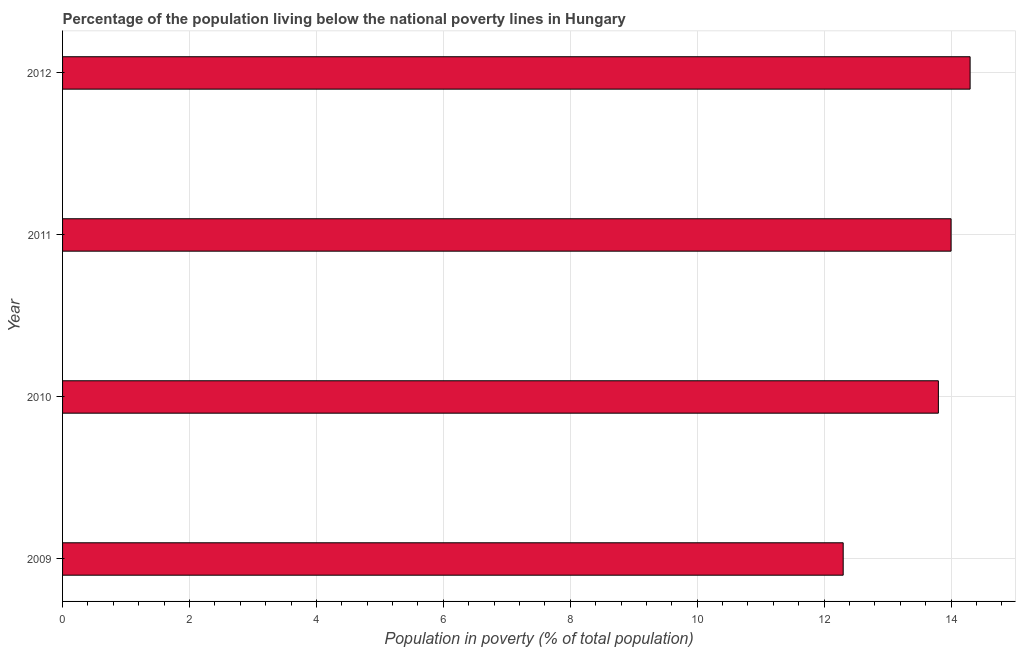
| Year | Poverty headcount ratio |
 | --- | --- |
 | 2009 | 12.3 |
 | 2010 | 13.8 |
 | 2011 | 14 |
 | 2012 | 14.3 |